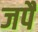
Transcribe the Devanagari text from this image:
जपैं